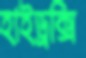
হাইড্রক্সি